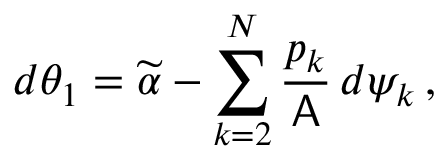
d \theta _ { 1 } = \widetilde { \alpha } - \sum _ { k = 2 } ^ { N } \frac { p _ { k } } { \mathsf { A } } \, d \psi _ { k } \, ,